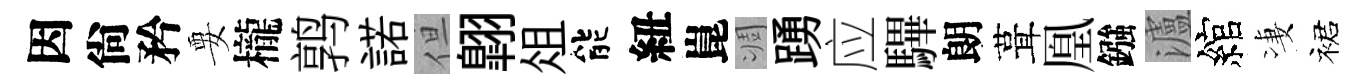
因尙矜要櫳鹑諾但翺俎能紐崑凋踴应驆朗葺凰鏹瀘綰凄裙